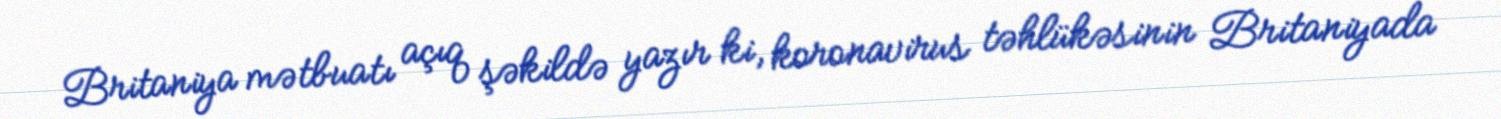
Britaniya mətbuatı açıq şəkildə yazır ki, koronavirus təhlükəsinin Britaniyada